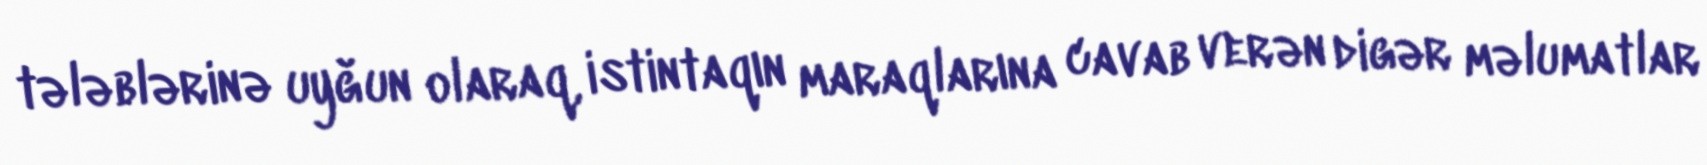
tələblərinə uyğun olaraq, istintaqın maraqlarına cavab verən digər məlumatlar